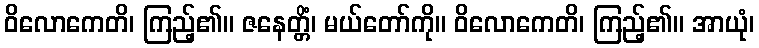
ဝိလောကေတိ၊ ကြည့်၏။ ဇနေတ္တိံ၊ မယ်တော်ကို။ ဝိလောကေတိ၊ ကြည့်၏။ အာယုံ၊